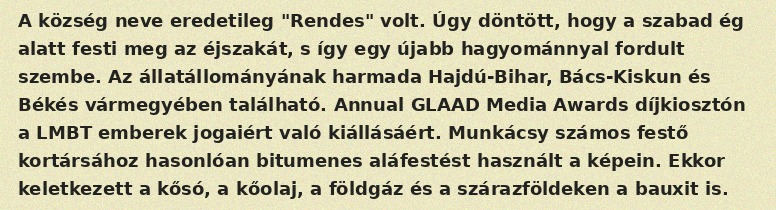
A község neve eredetileg "Rendes" volt. Úgy döntött, hogy a szabad ég alatt festi meg az éjszakát, s így egy újabb hagyománnyal fordult szembe. Az állatállományának harmada Hajdú-Bihar, Bács-Kiskun és Békés vármegyében található. Annual GLAAD Media Awards díjkiosztón a LMBT emberek jogaiért való kiállásáért. Munkácsy számos festő kortársához hasonlóan bitumenes aláfestést használt a képein. Ekkor keletkezett a kősó, a kőolaj, a földgáz és a szárazföldeken a bauxit is.